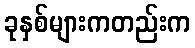
ခုနှစ်များကတည်းက